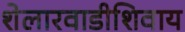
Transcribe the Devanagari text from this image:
शेलारवाडीशिवाय